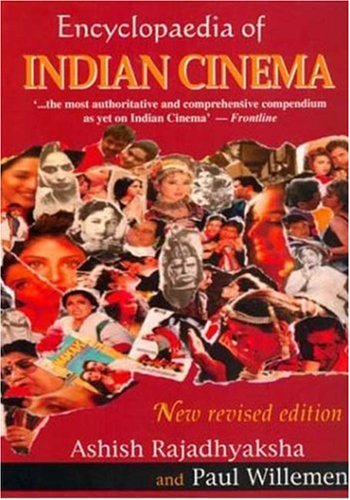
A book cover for Encyclopedia of Indian Cinema; Humor & Entertainment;